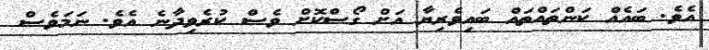
އެވެ. ބައެއް ކަންތައްތައް ބައިވެރިޔާ އަށް ގޯސްކޮށް ވެސް ކުރެވިދާނެ އެވެ. ނަމަވެސް